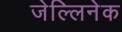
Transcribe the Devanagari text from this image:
जेल्लिनेक